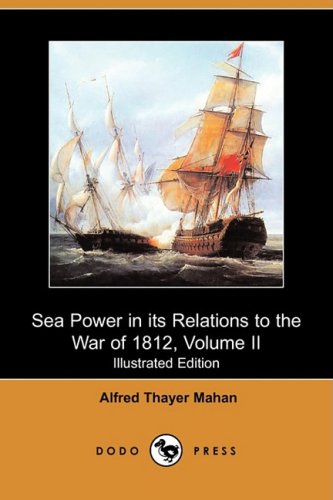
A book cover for Sea Power in Its Relations to the War of 1812, Volume II (Illustrated Edition) (Dodo Press); Alfred Thayer Mahan; History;